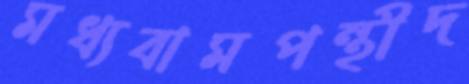
মধ্যবামপন্থীদ